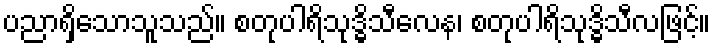
ပညာရှိသောသူသည်။ စတုပါရိသုဒ္ဓိသီလေန၊ စတုပါရိသုဒ္ဓိသီလဖြင့်။